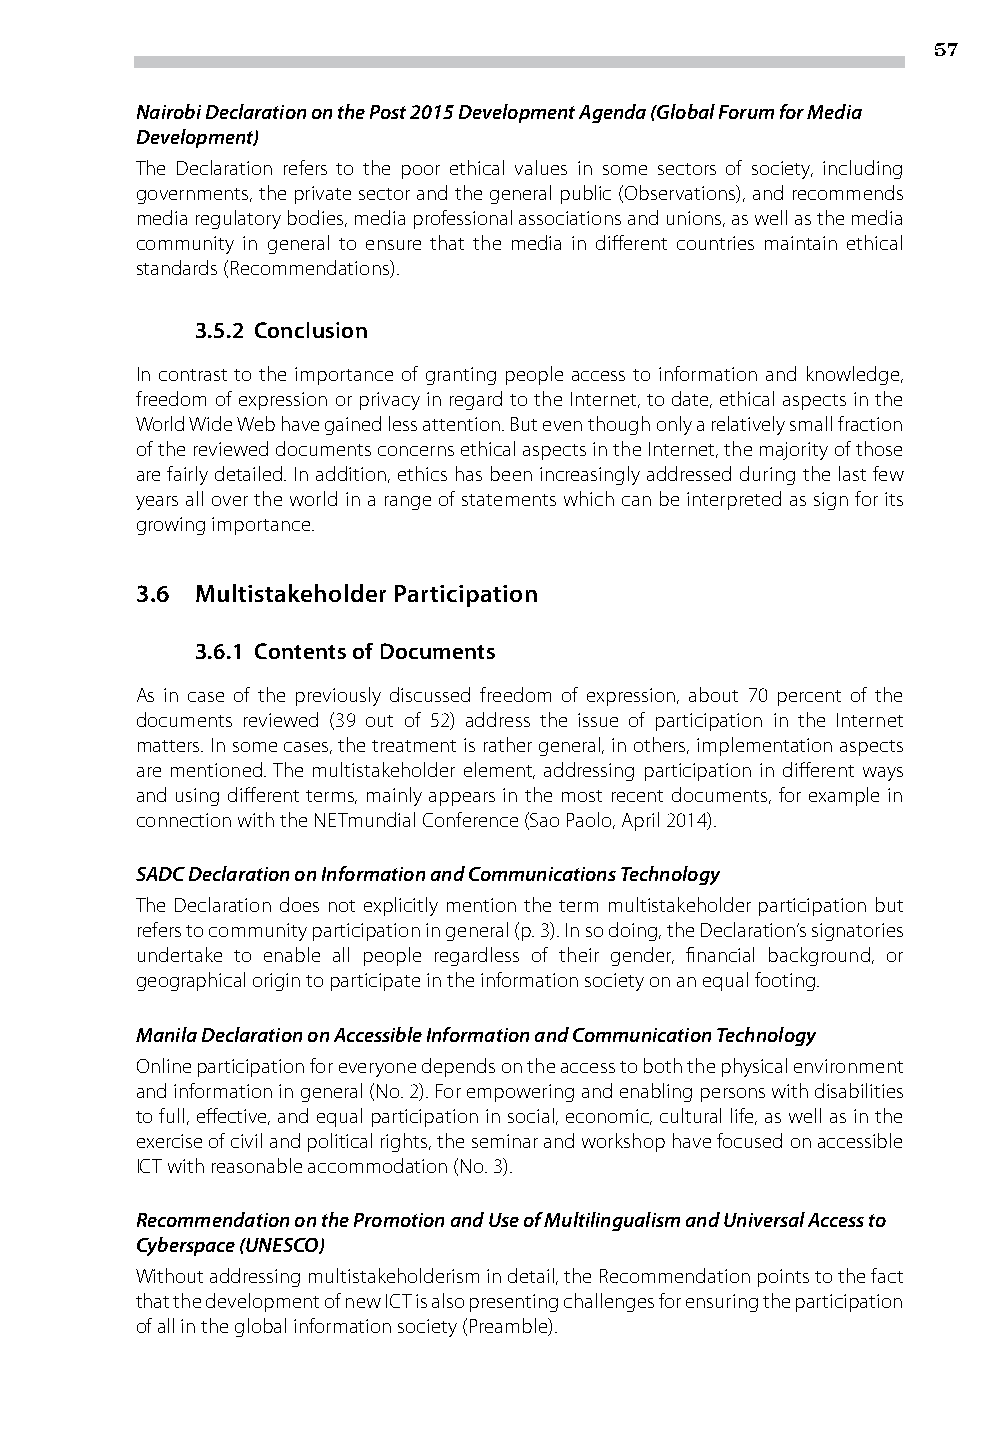
57
 Nairobi Declaration on the Post 2015 Development Agenda (Global Forum for Media
 Development)
 The Declaration refers to the poor ethical values in some sectors of society, including
 governments, the private sector and the general public (Observations), and recommends
 media regulatory bodies, media professional associations and unions, as well as the media
 community in general to ensure that the media in different countries maintain ethical
 standards (Recommendations).
 3.5.2 Conclusion
 In contrast to the importance of granting people access to information and knowledge,
 freedom of expression or privacy in regard to the Internet, to date, ethical aspects in the
 World Wide Web have gained less attention. But even though only a relatively small fraction
 of the reviewed documents concerns ethical aspects in the Internet, the majority of those
 are fairly detailed. In addition, ethics has been increasingly addressed during the last few
 years all over the world in a range of statements which can be interpreted as sign for its
 growing importance.
 3.6 Multistakeholder Participation
 3.6.1 Contents of Documents
 As in case of the previously discussed freedom of expression, about 70 percent of the
 documents reviewed (39 out of 52) address the issue of participation in the Internet
 matters. In some cases, the treatment is rather general, in others, implementation aspects
 are mentioned. The multistakeholder element, addressing participation in different ways
 and using different terms, mainly appears in the most recent documents, for example in
 connection with the NETmundial Conference (Sao Paolo, April 2014).
 SADC Declaration on Information and Communications Technology
 The Declaration does not explicitly mention the term multistakeholder participation but
 refers to community participation in general (p. 3). In so doing, the Declaration’s signatories
 undertake to enable all people regardless of their gender, financial background, or
 geographical origin to participate in the information society on an equal footing.
 Manila Declaration on Accessible Information and Communication Technology
 Online participation for everyone depends on the access to both the physical environment
 and information in general (No. 2). For empowering and enabling persons with disabilities
 to full, effective, and equal participation in social, economic, cultural life, as well as in the
 exercise of civil and political rights, the seminar and workshop have focused on accessible
 ICT with reasonable accommodation (No. 3).
 Recommendation on the Promotion and Use of Multilingualism and Universal Access to
 Cyberspace (UNESCO)
 Without addressing multistakeholderism in detail, the Recommendation points to the fact
 that the development of new ICT is also presenting challenges for ensuring the participation
 of all in the global information society (Preamble).